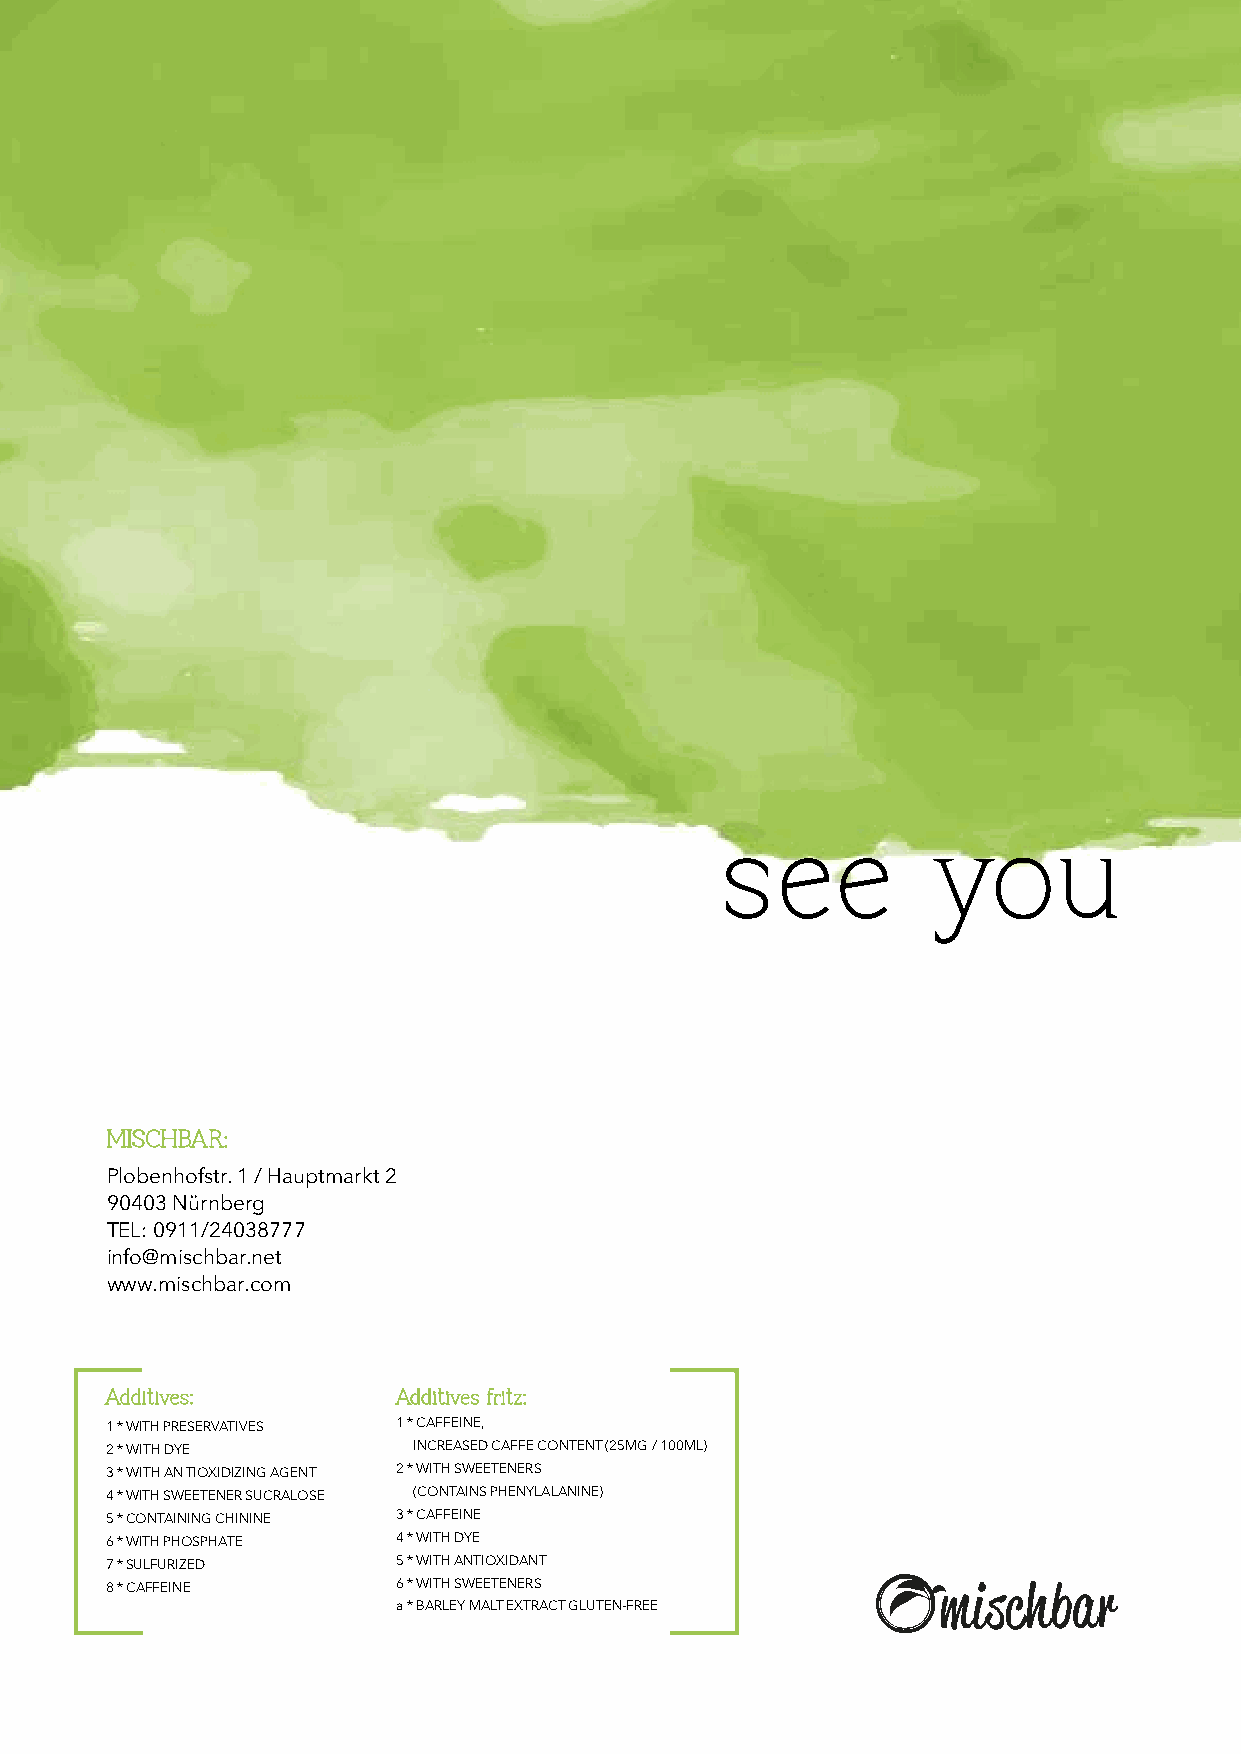
ss  ee  ee    yyoo    uu
 MMIISSCCHHBBAARR::
 Plobenhofstr. 1 / Hauptmarkt 2
 90403 Nürnberg
 TEL: 0911/24038777
 info@mischbar.net
 www.mischbar.com
 AAddddiittiivveess:: AAddddiittiivveess ffrriittzz::
 1 * WITH PRESERVATIVES 1 * CAFFEINE,
 2 * WITH DYE        INCREASED CAFFE CONTENT (25MG / 100ML)
 3 * WITH AN TIOXIDIZING AGENT 2 * WITH SWEETENERS
 4 * WITH SWEETENER SUCRALOSE (CONTAINS PHENYLALANINE)
 5 * CONTAINING CHININE 3 * CAFFEINE
 6 * WITH PHOSPHATE 4 * WITH DYE
 7 * SULFURIZED     5 * WITH ANTIOXIDANT
 8 * CAFFEINE       6 * WITH SWEETENERS
 a * BARLEY MALT EXTRACT GLUTEN-FREE